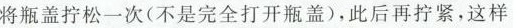
将瓶盖拧松一次(不是完全打开瓶盖)，此后再拧紧，这样